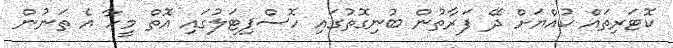
ކޮޓަރިތައް ކުއްޔަށް ދޭ ފަރާތުން ބުނިގޮތުގައި ހޮސްޕިޓަލުގައި އޮތް މީހާ އެ ތަނުން